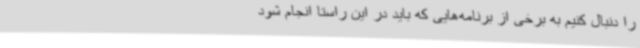
را دنبال کنیم به برخی از برنامه‌هایی که باید در این راستا انجام شود